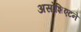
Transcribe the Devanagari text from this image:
असोशिएटने